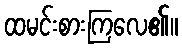
ထမင်းစားကြလေ၏။